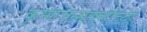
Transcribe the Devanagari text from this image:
कृष्णजन्माष्टमीच्या